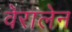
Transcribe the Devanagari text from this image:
वेरालेन